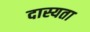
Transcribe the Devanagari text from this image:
दास्यता